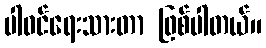
ပါဝင်ရေးသားတာ ဖြစ်ပါတယ်။